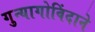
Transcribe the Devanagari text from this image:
गुन्यागोविंदाने